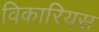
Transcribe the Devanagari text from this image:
विकारियस